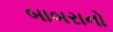
બાબરાનો